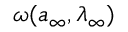
\omega ( { a } _ { \infty } , \lambda _ { \infty } )